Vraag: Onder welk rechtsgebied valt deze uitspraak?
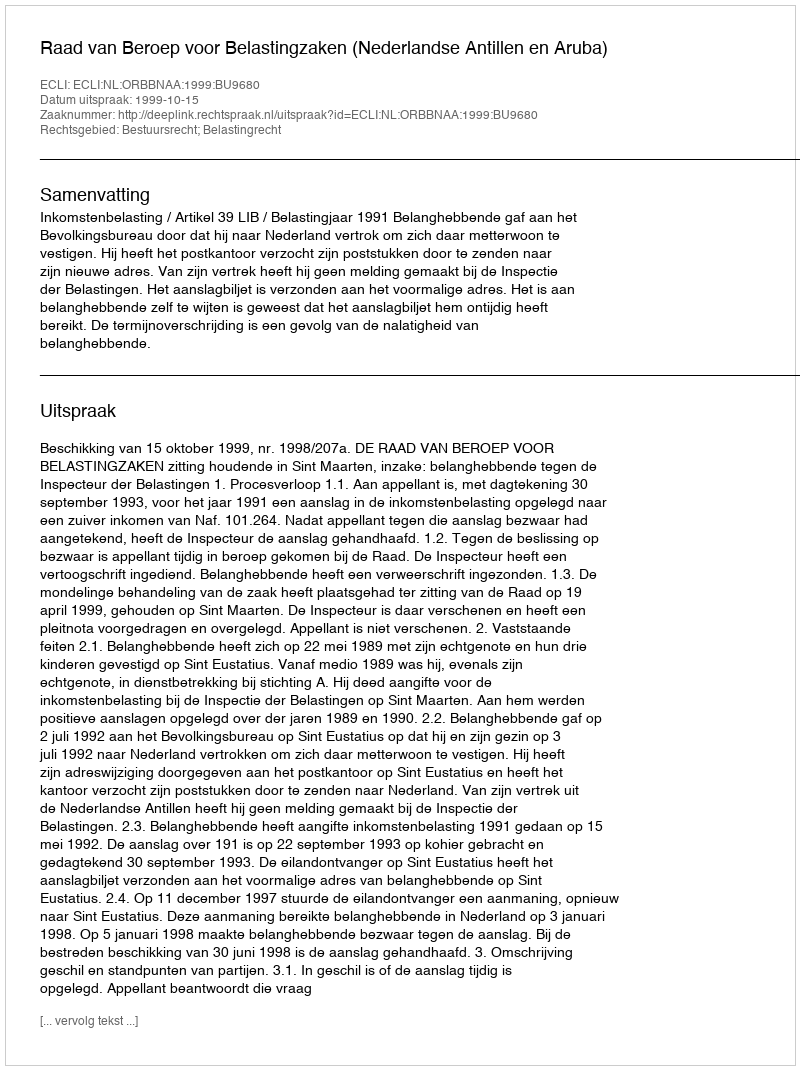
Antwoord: Bestuursrecht; Belastingrecht